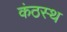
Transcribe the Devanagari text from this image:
कंठस्‍थ